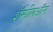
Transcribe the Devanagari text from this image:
शॅमेलिऑन